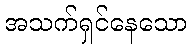
အသက်ရှင်နေသော